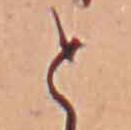
と